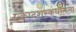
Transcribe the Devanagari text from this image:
एकादशस्‍कंधातला